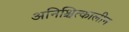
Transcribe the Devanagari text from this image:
अनिश्चित्कालीन